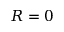
R = 0